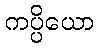
ကပ္ပိယော